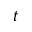
t